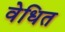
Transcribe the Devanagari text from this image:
वेधित